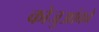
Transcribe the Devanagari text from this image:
कोजुआंको